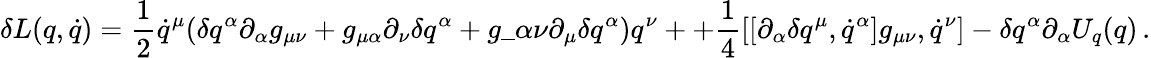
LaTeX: \delta L(q,\dot{q})=\frac{1}{2}\dot{q}^{\mu}(\delta q^{\alpha}\partial_{\alpha}g_{\mu\nu}+g_{\mu\alpha}\partial_{\nu}\delta q^{\alpha}+g\_ {\alpha\nu}\partial_{\mu}\delta q^{\alpha})q^{\nu}++\frac{1}{4}\left[\left[\partial_{\alpha}\delta q^{\mu},\dot{q}^{\alpha}\right]g_{\mu\nu},\dot{q}^{\nu}\right]-\delta q^{\alpha}\partial_{\alpha}U_{q}(q)\, .